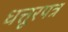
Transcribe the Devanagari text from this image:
धत्तूरपत्र